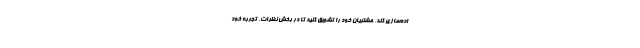
اده‌سازی کند. مشتریان خود را تشویق کنید تا در بخش نظرات، تجربه خود